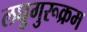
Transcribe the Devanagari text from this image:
लघुगुरूक्रम